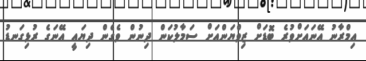
އިމްރާނު އޭނައަށްވުރެ ބޮޑަށް ޒިވްޔަންއަށް ސަމާލުކަން ދިނުން ވެގެން ދިޔައީ އޭނަގެ ރުޅިގަނޑު